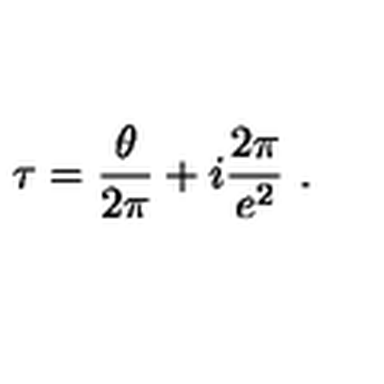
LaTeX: \tau = \frac { \theta } { 2 \pi } + i \frac { 2 \pi } { e ^ { 2 } } \ .